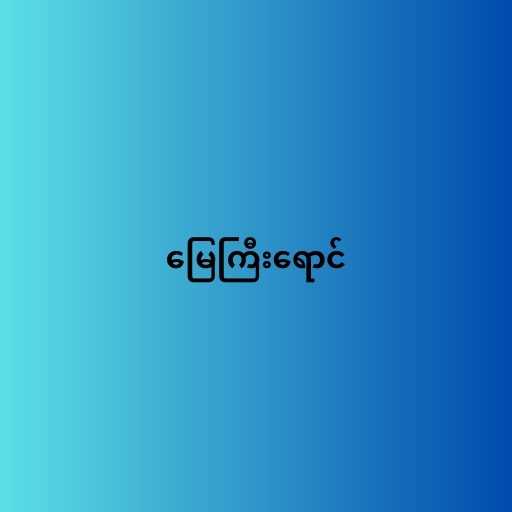
မြေကြီးရောင်